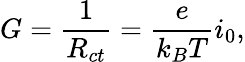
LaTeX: G=\frac{1}{R_{ct}}=\frac{e}{k_{B}T}i_{0},